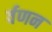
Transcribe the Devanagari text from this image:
र्वणन